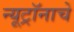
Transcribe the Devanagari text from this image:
न्यूट्रॉनाचे